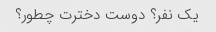
یک نفر؟ دوست دخترت چطور؟